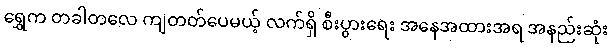
ရွှေက တခါတလေ ကျတတ်ပေမယ့် လက်ရှိ စီးပွားရေး အနေအထားအရ အနည်းဆုံး